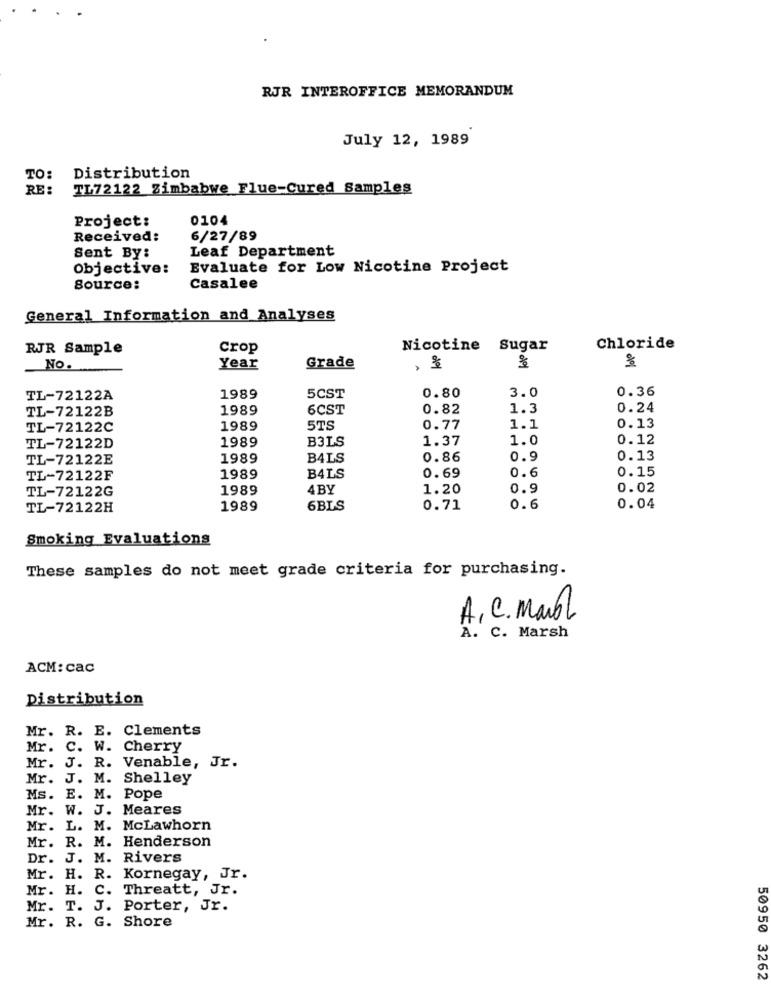
RJR INTEROFFICE MEMORANDUM
July 12, 1989
TO:
Distribution
RE:
TL72122 Zimbabwe Flue-Cured Samples
Project:
0104
Received:
6/27/89
Leaf Department
Sent By:
Objective:
Evaluate for Low Nicotine Project
Source:
Casalee
General Information and Analyses
RJR Sample
Crop
Nicotine Sugar
Chloride
NO.
Year
Grade
, &
3.0
0.36
TL-72122A
1989
5CST
0.80
TL-72122B
1989
6CST
0.82
1.3
0.24
0.13
TL-72122C
1989
5TS
0.77
1.1
1989
B3LS
1.37
1.0
0.12
TL-72122D
TL-72122E
1989
BALS
0.86
0.9
0.13
0.15
TL-72122F
1989
B4LS
0.69
0.6
TL-72122G
1989
4 BY
1.20
0.9
0.02
TL-72122H
1989
6BLS
0.71
0.6
0.04
Smoking Evaluations
These samples do not meet grade criteria for purchasing.
A . C. mail
A. C. Marsh
ACM: cac
Distribution
Mr. R. E. Clements
Mr. C. W. Cherry
Mr. J. R. Venable, Jr.
Mr. J. M. Shelley
Ms. E. M. Pope
Mr. W. J. Meares
Mr. L. M. McLawhorn
Mr. R. M. Henderson
Dr.
J. M. Rivers
Mr. H. R. Kornegay, Jr.
Mr. H. C. Threatt, Jr.
Mr. T. J. Porter, Jr.
Mr. R. G. Shore
50950 3262